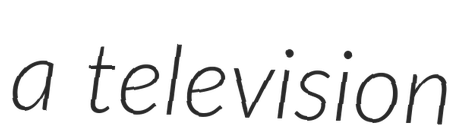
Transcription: a television